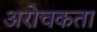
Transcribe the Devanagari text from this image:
अरोचकता